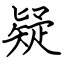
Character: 疑